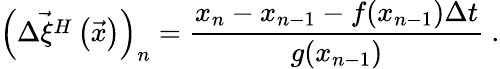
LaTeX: \left(\vec{\Delta\xi^{H}}\left(\vec{x}\right)\right)_{n}=\frac{x_{n}-x_{n-1}-f(x_{n-1})\Delta t}{g(x_{n-1})}\ .